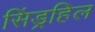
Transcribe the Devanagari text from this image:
सिंड्रहिल